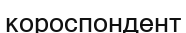
короспондент